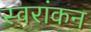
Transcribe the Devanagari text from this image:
स्वरांकन